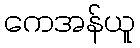
ကေအန်ယူ